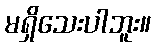
မရှိသေးပါဘူး။